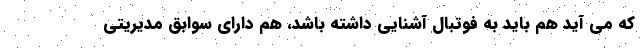
که می ‌آید هم باید به فوتبال آشنایی داشته باشد، هم دارای سوابق مدیریتی